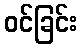
ဝင်ခြင်း